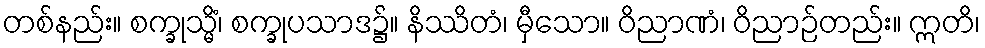
တစ်နည်း။ စက္ခုသ္မိံ၊ စက္ခုပသာဒ၌။ နိဿိတံ၊ မှီသော။ ဝိညာဏံ၊ ဝိညာဉ်တည်း။ ဣတိ၊